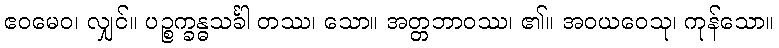
ဧဝမေဝ၊ လျှင်။ ပဉ္စက္ခန္ဓသင်္ခါ တဿ၊ သော။ အတ္တဘာဝဿ၊ ၏။ အဝယဝေသု၊ ကုန်သော။